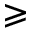
\geqslant